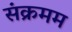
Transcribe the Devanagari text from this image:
संक्रमम